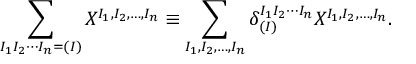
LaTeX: \sum _ { I _ { 1 } I _ { 2 } \cdots I _ { n } = ( I ) } X ^ { I _ { 1 } , I _ { 2 } , \ldots , I _ { n } } \equiv \sum _ { I _ { 1 } , I _ { 2 } , \ldots , I _ { n } } \delta _ { ( I ) } ^ { I _ { 1 } I _ { 2 } \cdots I _ { n } } X ^ { I _ { 1 } , I _ { 2 } , \ldots , I _ { n } } .